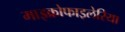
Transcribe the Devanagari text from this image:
माइक्रोफाइलेरिया